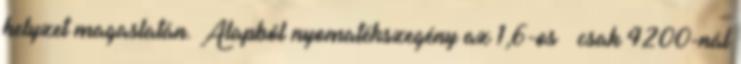
helyzet magaslatán. Alapból nyomatékszegény az 1,6-os – csak 4200-nál